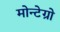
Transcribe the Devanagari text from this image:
मोन्टेग्रो